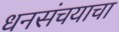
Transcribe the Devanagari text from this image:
धनसंचयाचा